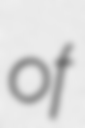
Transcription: of